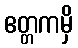
ဧတ္တကမှိ